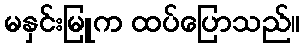
မနှင်းမြူက ထပ်ပြောသည်။